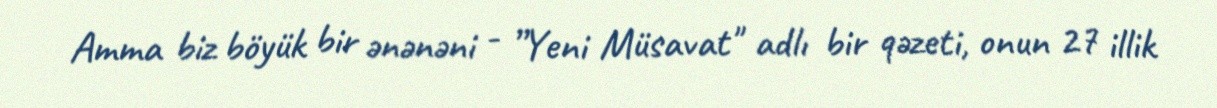
Amma biz böyük bir ənənəni - ”Yeni Müsavat" adlı bir qəzeti, onun 27 illik